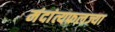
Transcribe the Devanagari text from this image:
मंदांत्यफलज्या